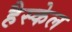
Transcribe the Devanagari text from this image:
हैस्केल